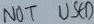
Text: NOT USED